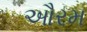
ઔરમ